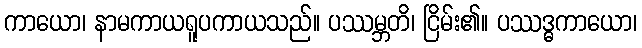
ကာယော၊ နာမကာယရူပကာယသည်။ ပဿမ္ဘတိ၊ ငြိမ်း၏။ ပဿဒ္ဓကာယော၊